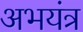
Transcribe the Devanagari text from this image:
अभयंत्र